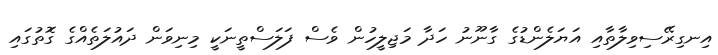
އިނގިރޭސިވިލާތާއި އަޔަލެންޑުގެ ގާނޫނު ހަދާ މަޖިލީހުން ވެސް ފަލަސްތީނަކީ މިނިވަން ދައުލަތެއްގެ ގޮތުގައި